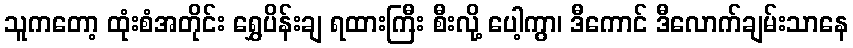
သူကတော့ ထုံးစံအတိုင်း ရွှေပိန်းချ ရထားကြီး စီးလို့ ပေါ့ကွာ၊ ဒီကောင် ဒီလောက်ချမ်းသာနေ